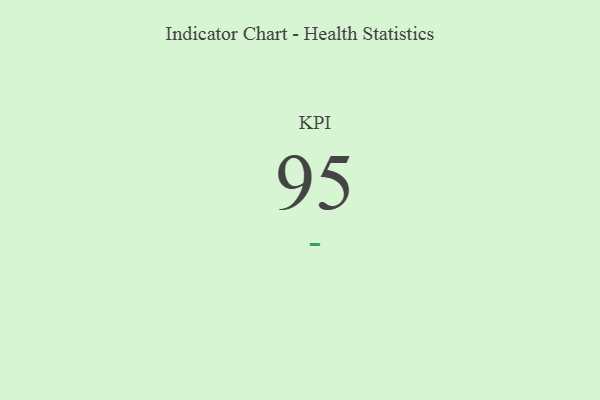
{"axis": {"x": "KPI", "y": "Value"}, "legend": [""], "data": [{"x": "KPI", "y": 95, "type": ""}]}